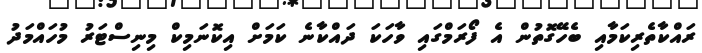
ރައްކާތެރިކަމާއި ބެހޭގޮތުން އެ ފޯރަމްގައި ވާހަކަ ދައްކާނެ ކަމަށް އިކޮނަމިކް މިނިސްޓަރު މުހައްމަދު